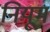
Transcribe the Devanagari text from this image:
नियूम